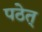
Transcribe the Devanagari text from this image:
पठेत्‌